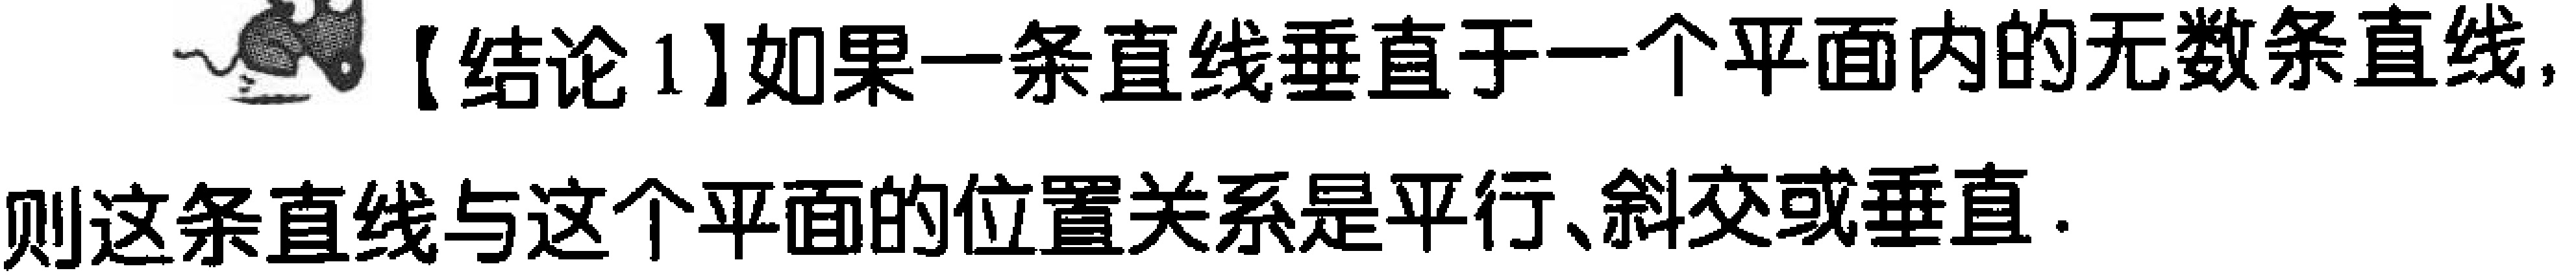
【结论1】如果一条直线垂直于一个平面内的无数条直线，则这条直线与这个平面的位置关系是平行、斜交或垂直.